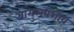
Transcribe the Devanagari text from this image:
बागुलवंशीय